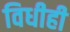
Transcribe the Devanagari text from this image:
विधीही